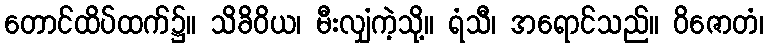
တောင်ထိပ်ထက်၌။ သိခိဝိယ၊ မီးလျှံကဲ့သို့။ ရံသီ၊ အရောင်သည်။ ဝိဇောတံ၊